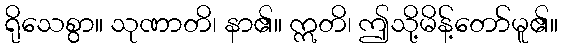
ရိုသေစွာ။ သုဏာတိ၊ နာ၏။ ဣတိ၊ ဤသို့မိန့်တော်မူ၏။